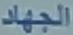
الجهاد